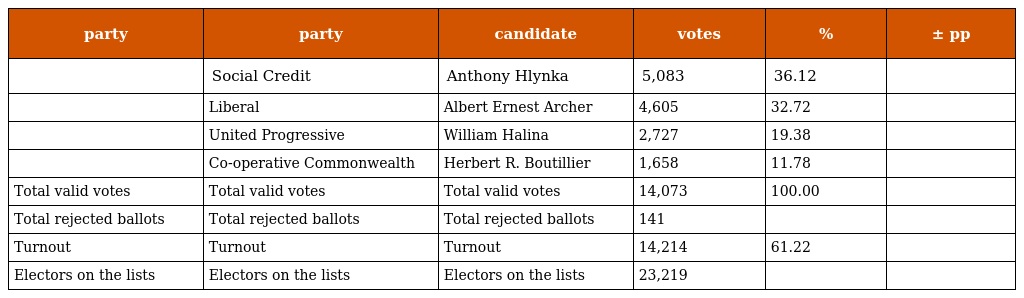
| party | party | candidate | votes | % | ± pp |
 | --- | --- | --- | --- | --- | --- |
 |  | Social Credit | Anthony Hlynka | 5,083 | 36.12 |  |
 |  | Liberal | Albert Ernest Archer | 4,605 | 32.72 |  |
 |  | United Progressive | William Halina | 2,727 | 19.38 |  |
 |  | Co-operative Commonwealth | Herbert R. Boutillier | 1,658 | 11.78 |  |
 | Total valid votes | Total valid votes | Total valid votes | 14,073 | 100.00 |  |
 | Total rejected ballots | Total rejected ballots | Total rejected ballots | 141 |  |  |
 | Turnout | Turnout | Turnout | 14,214 | 61.22 |  |
 | Electors on the lists | Electors on the lists | Electors on the lists | 23,219 |  |  |